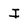
Character: I